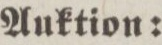
Auktion: